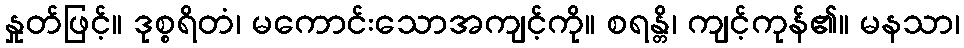
နှုတ်ဖြင့်။ ဒုစ္စရိတံ၊ မကောင်းသောအကျင့်ကို။ စရန္တိ၊ ကျင့်ကုန်၏။ မနသာ၊